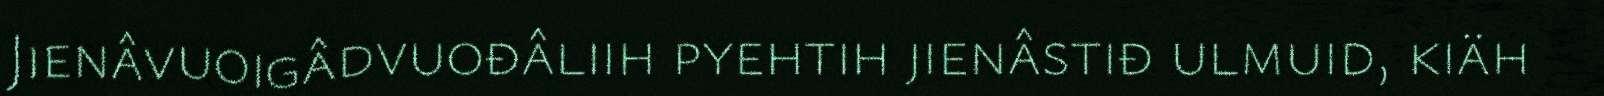
Jienâvuoigâdvuođâliih pyehtih jienâstiđ ulmuid, kiäh